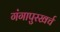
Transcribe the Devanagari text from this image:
गंगापुरखर्च